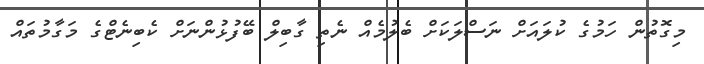
މިގޮތުން ހަމުގެ ކުލައަށް ނަސްލަކަށް ބެލުމެއް ނެތި ގާބިލް ބޭފުޅުންނަށް ކެބިނެޓްގެ މަގާމުތައް